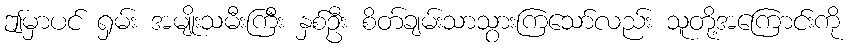
ဤမှာပင် ရှမ်း အမျိုးသမီးကြီး နှစ်ဦး စိတ်ချမ်းသာသွားကြသော်လည်း သူတို့အကြောင်းကို